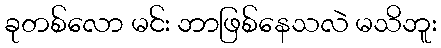
ခုတစ်လော မင်း ဘာဖြစ်နေသလဲ မသိဘူး